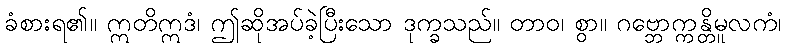
ခံစားရ၏။ ဣတိဣဒံ၊ ဤဆိုအပ်ခဲ့ပြီးသော ဒုက္ခသည်။ တာဝ၊ စွာ။ ဂဗ္ဘောက္ကန္တိမူလကံ၊